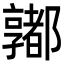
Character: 𨟞